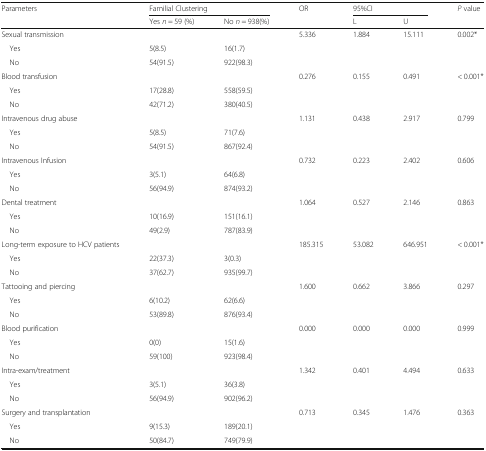
<table><thead><tr><td rowspan="2"><b>Parameters</b></td><td colspan="2"><b>Familial Clustering</b></td><td rowspan="2"><b>OR</b></td><td colspan="2"><b>95%CI</b></td><td rowspan="2"><b><i>P</i> value</b></td></tr><tr><td><b>Yes <i>n</i> = 59 (%)</b></td><td><b>No <i>n</i> = 938(%)</b></td><td><b>L</b></td><td><b>U</b></td></tr></thead><tbody><tr><td>Sexual transmission</td><td></td><td></td><td>5.336</td><td>1.884</td><td>15.111</td><td>0.002*</td></tr><tr><td> Yes</td><td>5(8.5)</td><td>16(1.7)</td><td></td><td></td><td></td><td></td></tr><tr><td> No</td><td>54(91.5)</td><td>922(98.3)</td><td></td><td></td><td></td><td></td></tr><tr><td>Blood transfusion</td><td></td><td></td><td>0.276</td><td>0.155</td><td>0.491</td><td>&lt; 0.001*</td></tr><tr><td> Yes</td><td>17(28.8)</td><td>558(59.5)</td><td></td><td></td><td></td><td></td></tr><tr><td> No</td><td>42(71.2)</td><td>380(40.5)</td><td></td><td></td><td></td><td></td></tr><tr><td>Intravenous drug abuse</td><td></td><td></td><td>1.131</td><td>0.438</td><td>2.917</td><td>0.799</td></tr><tr><td> Yes</td><td>5(8.5)</td><td>71(7.6)</td><td></td><td></td><td></td><td></td></tr><tr><td> No</td><td>54(91.5)</td><td>867(92.4)</td><td></td><td></td><td></td><td></td></tr><tr><td>Intravenous Infusion</td><td></td><td></td><td>0.732</td><td>0.223</td><td>2.402</td><td>0.606</td></tr><tr><td> Yes</td><td>3(5.1)</td><td>64(6.8)</td><td></td><td></td><td></td><td></td></tr><tr><td> No</td><td>56(94.9)</td><td>874(93.2)</td><td></td><td></td><td></td><td></td></tr><tr><td>Dental treatment</td><td></td><td></td><td>1.064</td><td>0.527</td><td>2.146</td><td>0.863</td></tr><tr><td> Yes</td><td>10(16.9)</td><td>151(16.1)</td><td></td><td></td><td></td><td></td></tr><tr><td> No</td><td>49(2.9)</td><td>787(83.9)</td><td></td><td></td><td></td><td></td></tr><tr><td>Long-term exposure to HCV patients</td><td></td><td></td><td>185.315</td><td>53.082</td><td>646.951</td><td>&lt; 0.001*</td></tr><tr><td> Yes</td><td>22(37.3)</td><td>3(0.3)</td><td></td><td></td><td></td><td></td></tr><tr><td> No</td><td>37(62.7)</td><td>935(99.7)</td><td></td><td></td><td></td><td></td></tr><tr><td>Tattooing and piercing</td><td></td><td></td><td>1.600</td><td>0.662</td><td>3.866</td><td>0.297</td></tr><tr><td> Yes</td><td>6(10.2)</td><td>62(6.6)</td><td></td><td></td><td></td><td></td></tr><tr><td> No</td><td>53(89.8)</td><td>876(93.4)</td><td></td><td></td><td></td><td></td></tr><tr><td>Blood purification</td><td></td><td></td><td>0.000</td><td>0.000</td><td>0.000</td><td>0.999</td></tr><tr><td> Yes</td><td>0(0)</td><td>15(1.6)</td><td></td><td></td><td></td><td></td></tr><tr><td> No</td><td>59(100)</td><td>923(98.4)</td><td></td><td></td><td></td><td></td></tr><tr><td>Intra-exam/treatment</td><td></td><td></td><td>1.342</td><td>0.401</td><td>4.494</td><td>0.633</td></tr><tr><td> Yes</td><td>3(5.1)</td><td>36(3.8)</td><td></td><td></td><td></td><td></td></tr><tr><td> No</td><td>56(94.9)</td><td>902(96.2)</td><td></td><td></td><td></td><td></td></tr><tr><td>Surgery and transplantation</td><td></td><td></td><td>0.713</td><td>0.345</td><td>1.476</td><td>0.363</td></tr><tr><td> Yes</td><td>9(15.3)</td><td>189(20.1)</td><td></td><td></td><td></td><td></td></tr><tr><td> No</td><td>50(84.7)</td><td>749(79.9)</td><td></td><td></td><td></td><td></td></tr></tbody></table>